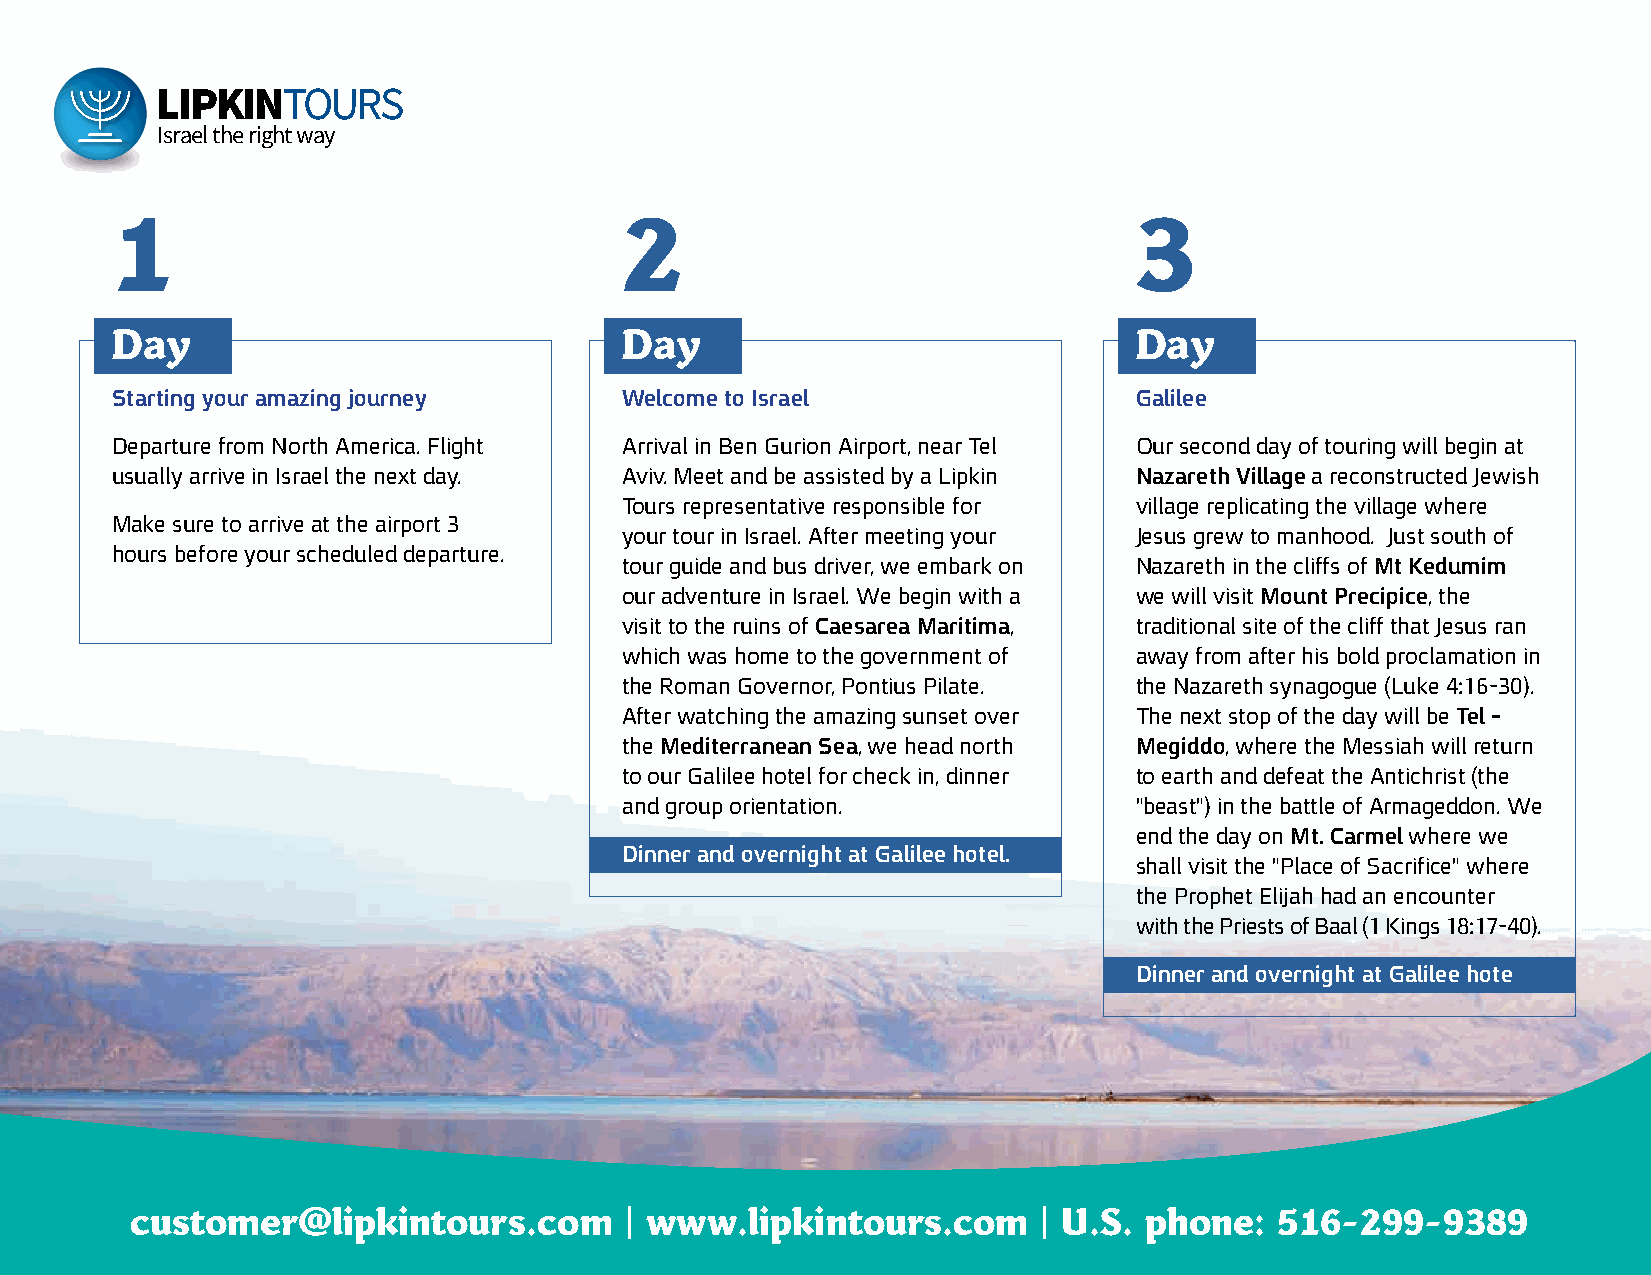
LIPKINTOURS
 Israel the right way
 1                                 2                                 3
 Day                               Day                               Day
 Starting your amazing journey     Welcome to Israel                 Galilee
 Departure from North America. Flight Arrival in Ben Gurion Airport, near Tel Our second day of touring will begin at
 usually arrive in Israel the next day. Aviv. Meet and be assisted by a Lipkin Nazareth Village a reconstructed Jewish
 Tours representative responsible for village replicating the village where
 Make sure to arrive at the airport 3
 your tour in Israel. After meeting your Jesus grew to manhood. Just south of
 hours before your scheduled departure.
 tour guide and bus driver, we embark on Nazareth in the cliffs of Mt Kedumim
 our adventure in Israel. We begin with a we will visit Mount Precipice, the
 visit to the ruins of Caesarea Maritima, traditional site of the cliff that Jesus ran
 which was home to the government of away from after his bold proclamation in
 the Roman Governor, Pontius Pilate. the Nazareth synagogue (Luke 4:16-30).
 After watching the amazing sunset over The next stop of the day will be Tel -
 the Mediterranean Sea, we head north Megiddo, where the Messiah will return
 to our Galilee hotel for check in, dinner to earth and defeat the Antichrist (the
 and group orientation.            "beast") in the battle of Armageddon. We
 end the day on Mt. Carmel where we
 Dinner and overnight at Galilee hotel.
 shall visit the "Place of Sacrifice" where
 the Prophet Elijah had an encounter
 with the Priests of Baal (1 Kings 18:17-40).
 Dinner and overnight at Galilee hote
 customer@lipkintours.com        | www.lipkintours.com       | U.S. phone:   516-299-9389